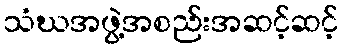
သံဃအဖွဲ့အစည်းအဆင့်ဆင့်